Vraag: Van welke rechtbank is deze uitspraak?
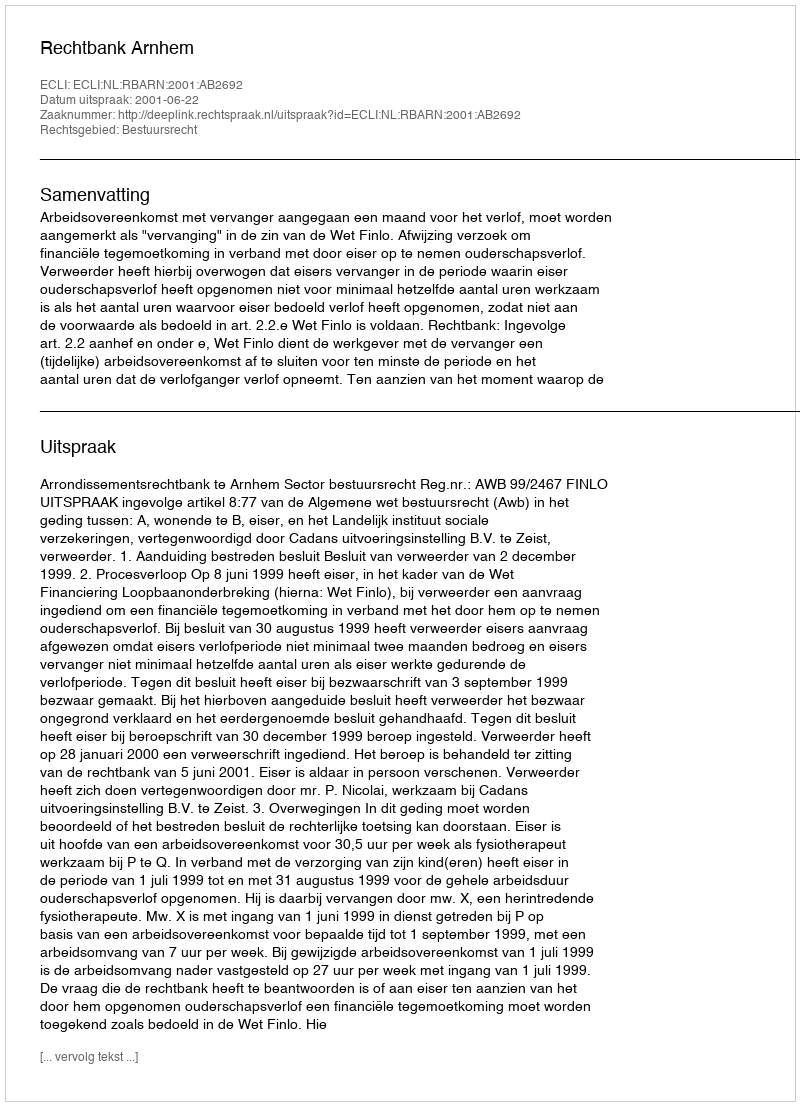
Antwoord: Rechtbank Arnhem